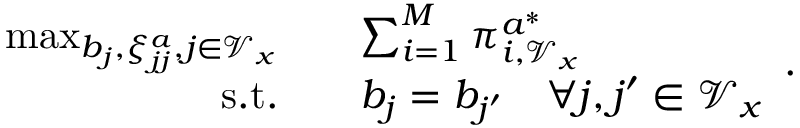
\begin{array} { r l } { \operatorname* { m a x } _ { b _ { j } , \xi _ { j j } ^ { a } , j \in \mathcal { V } _ { x } } \quad } & { \sum _ { i = 1 } ^ { M } \pi _ { i , \mathcal { V } _ { x } } ^ { a ^ { * } } } \\ { \mathrm { s . t . } \quad } & { b _ { j } = b _ { j ^ { \prime } } \quad \forall j , j ^ { \prime } \in \mathcal { V } _ { x } } \end{array} .